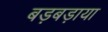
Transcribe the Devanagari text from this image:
बड़बड़ाया